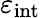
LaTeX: \varepsilon_{\mathrm{int}}